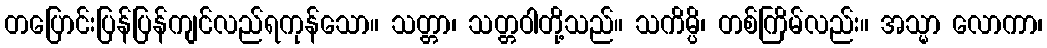
တပြောင်းပြန်ပြန်ကျင်လည်ရကုန်သော။ သတ္တာ၊ သတ္တဝါတို့သည်။ သကိမ္ပိ၊ တစ်ကြိမ်လည်း။ အသ္မာ လောကာ၊